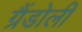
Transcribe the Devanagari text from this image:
ग्रैंडोली